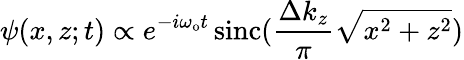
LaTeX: \psi(x,z;t)\propto e^{-i\omega_{\mathrm{o}}t}\, \mathrm{sinc}(\frac{\Delta k_{z}}{\pi}\sqrt{x^{2}+z^{2}})